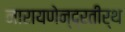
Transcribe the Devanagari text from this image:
नारायणेन्द्रतीर्थ